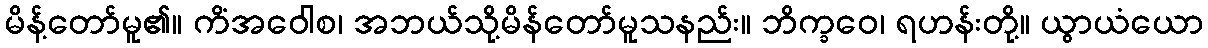
မိန့်တော်မူ၏။ ကိံအဝေါစ၊ အဘယ်သို့မိန်တော်မူသနည်း။ ဘိက္ခဝေ၊ ရဟန်းတို့။ ယွာယံယော